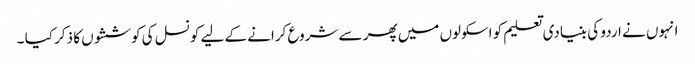
انہوں نے اردو کی بنیادی تعلیم کو اسکولوں میں پھر سے شروع کرانے کے لیے کونسل کی کوششوں کا ذکر کیا ۔